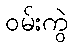
ဝမ်းကွဲ